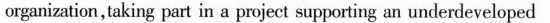
arganization,taking part in a project suppoting an underdeveloped